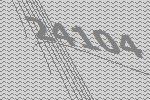
24104